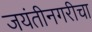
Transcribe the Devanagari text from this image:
जयंतीनगरीचा